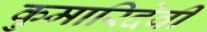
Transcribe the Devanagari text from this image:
कुमारिदेवी